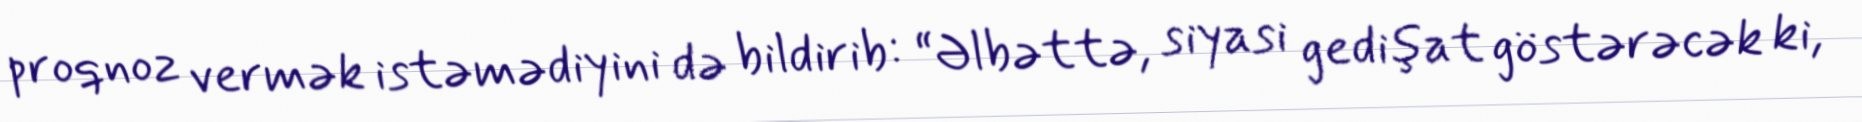
proqnoz vermək istəmədiyini də bildirib: “Əlbəttə, siyasi gedişat göstərəcək ki,